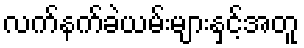
လက်နက်ခဲယမ်းများနှင့်အတူ